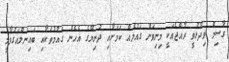
ގާސިމް ވިދާޅުވީ ރާއްޖެއަކީ މިނިވަން ގައުމެއް ކަމަށާއި ދުނިޔޭގެ އެހެން ގައުމުތަކާއި ބައިނަލްއަގުވާމީ